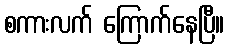
စကားလက် ကြောက်နေပြီ။